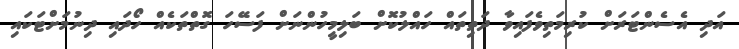
އަދި އެސެންޓަރަށް ކުރިމަތިވެފައިވާ ދަތިތައް ހައްލުކޮށް ބަލިމީހުންނަށް ފަސޭހަ ގޮތްތަކެއް ހޯދައި ދިނުމަށްޓަކައި